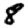
Digit: 8